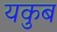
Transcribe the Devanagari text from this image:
यकुब